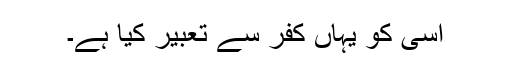
اُسی کو یہاں کفر سے تعبیر کیا ہے۔